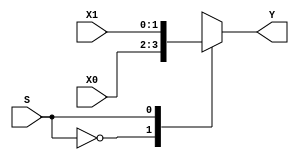
module mux21(X0, X1, S, Y);
input [1:0] X0, X1;
input S;
output reg [1:0] Y;

always @(S or X0 or X1) begin
	case(S)
		0 : Y = X0;
		1 : Y = X1;
		default : Y = 2'bx;
	endcase
end

endmodule